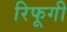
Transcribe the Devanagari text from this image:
रिफूगी